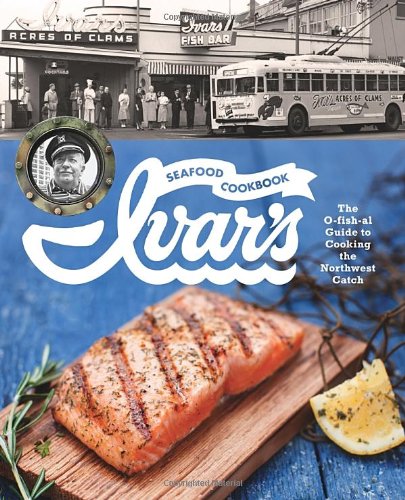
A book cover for Ivar's Seafood Cookbook: The O-fish-al Guide to Cooking the Northwest Catch; The Crew at Ivar's; Cookbooks, Food & Wine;